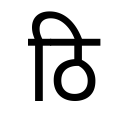
OCR:
ठि